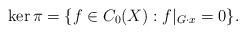
LaTeX: \begin{align*}\ker \pi=\{f\in C_0(X):f|_{G\cdot x}=0\}.\end{align*}